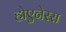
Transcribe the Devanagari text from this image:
होएनेस्स